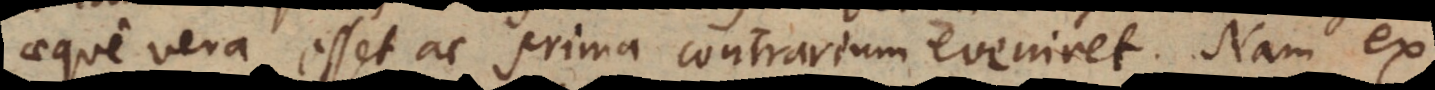
aeque vera esset ac prima contrarium eveniret. Nam ex